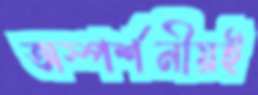
অস্পর্শনীয়ই